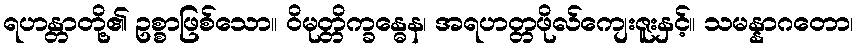
ရဟန္တာတို့၏ ဥစ္စာဖြစ်သော။ ဝိမုတ္တိက္ခန္ဓေန၊ အရဟတ္တဖိုလ်ကျေးဇူးနှင့်။ သမန္နာဂတော၊